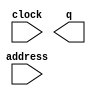
module TGC_ROM (
	address,
	clock,
	q);

	input	[6:0]  address;
	input	  clock;
	output	[7:0]  q;

endmodule